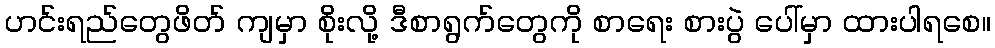
ဟင်းရည်တွေဖိတ် ကျမှာ စိုးလို့ ဒီစာရွက်တွေကို စာရေး စားပွဲ ပေါ်မှာ ထားပါရစေ။